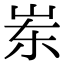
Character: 岽